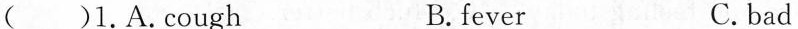
( )1.A.Cough B.fever C.bad